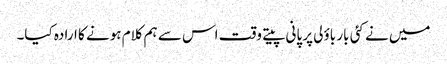
میں نے کئی بار باؤلی پر پانی پیتے وقت اس سے ہم کلام ہونے کا ارادہ کیا۔